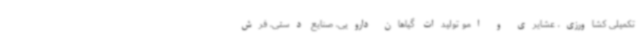
تکمیلی کشاورزی، عشایری و امو تولیدات گیاهان دارویی، صنایع دستی، فرش